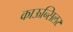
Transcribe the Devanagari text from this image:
काऊन्सिलर